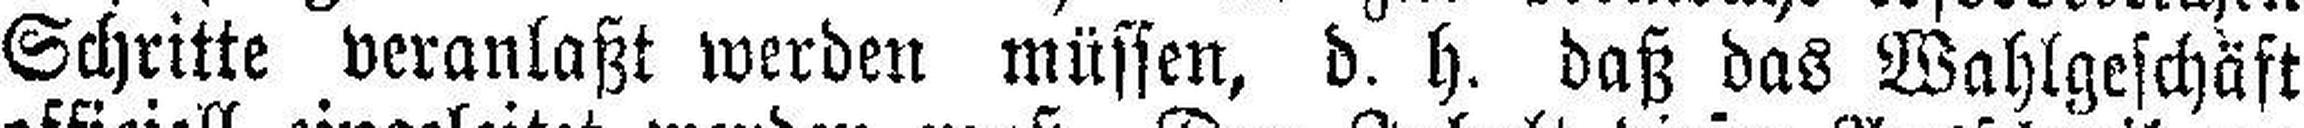
Schritte veranlaßt werden müssen, d. h. daß das Wahlgeschäft